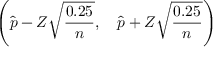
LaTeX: \left( { \widehat { p } } - Z { \sqrt { \frac { 0 . 2 5 } { n } } } , \quad { \widehat { p } } + Z { \sqrt { \frac { 0 . 2 5 } { n } } } \right)